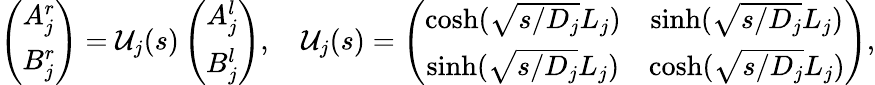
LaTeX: \left(\begin{array}{c}{A_{j}^{r}}\\ {B_{j}^{r}}\end{array}\right)={\mathcal U}_{j}(s)\left(\begin{array}{c}{A_{j}^{l}}\\ {B_{j}^{l}}\end{array}\right),\quad{\mathcal U}_{j}(s)=\left(\begin{array}{cc}{\cosh(\sqrt{s/D_{j}}L_{j})}&{\sinh(\sqrt{s/D_{j}}L_{j})}\\ {\sinh(\sqrt{s/D_{j}}L_{j})}&{\cosh(\sqrt{s/D_{j}}L_{j})}\end{array}\right),